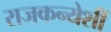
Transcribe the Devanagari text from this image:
राजकन्येशीं